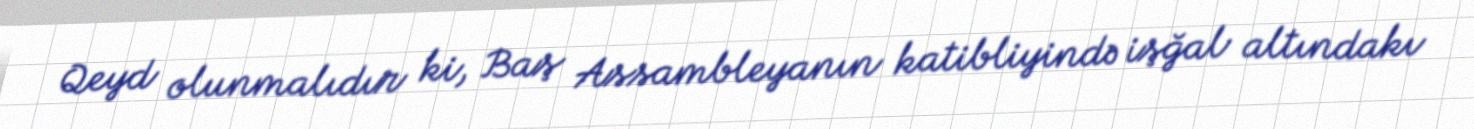
Qeyd olunmalıdır ki, Baş Assambleyanın katibliyində işğal altındakı